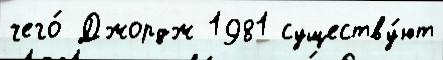
чего́ Джордж 1981 существу́ют